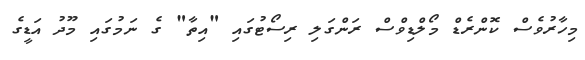
މިހާރުވެސް ކޮންރެޑް މޯލްޑިވްސް ރަންގަލި ރިސޯޓުގައި "އިތާ" ގެ ނަމުގައި މޫދު އަޑީގެ